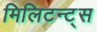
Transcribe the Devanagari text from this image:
मिलिटन्ट्स